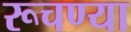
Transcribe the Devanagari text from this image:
रूचण्या